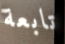
تابعة